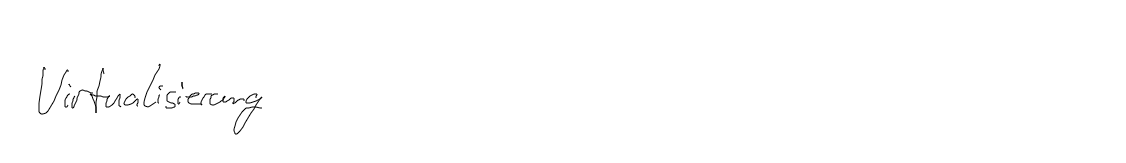
Virtualisierung